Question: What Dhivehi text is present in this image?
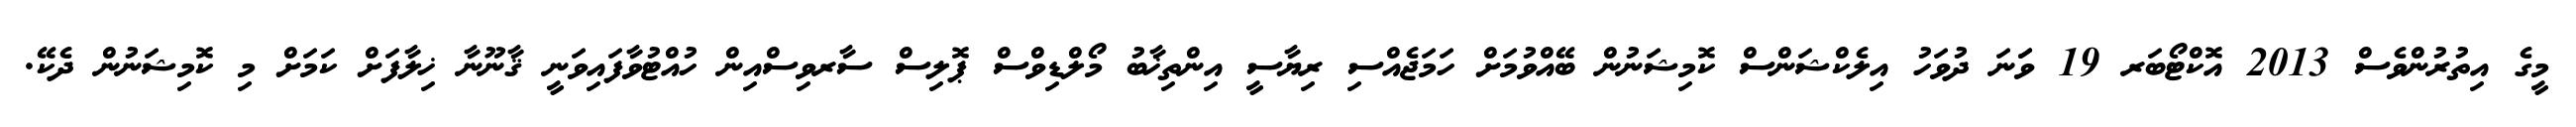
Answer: މީގެ އިތުރުންވެސް 2013 އޮކްޓޯބަރ 19 ވަަނަ ދުވަހު އިލެކްޝަންސް ކޮމިޝަނުން ބޭއްވުމަށް ހަމަޖެއްސި ރިޔާސީ އިންތިޚާބު މޯލްޑިވްސް ޕޮލިސް ސާރވިސްއިން ހުއްޓުވާފައިވަނީ ޤާނޫނާ ޚިލާފަށް ކަމަށް މި ކޮމިޝަނުން ދެކޭ.